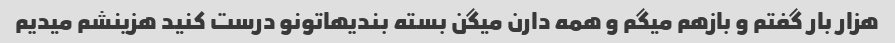
هزار بار گفتم و بازهم میگم و همه دارن میگن بسته بندیهاتونو درست کنید هزینشم میدیم